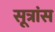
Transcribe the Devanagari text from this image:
सूत्रांस